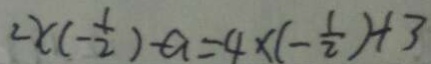
2 x ( - \frac { 1 } { 2 } ) - a = 4 \times ( - \frac { 1 } { 2 } ) + 3